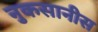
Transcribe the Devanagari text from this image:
नुकसानीस